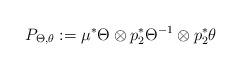
LaTeX: \begin{align*} P_{\Theta,\theta}:=\mu^*\Theta\otimes p_2^*\Theta^{-1}\otimes p_2^*\theta\end{align*}